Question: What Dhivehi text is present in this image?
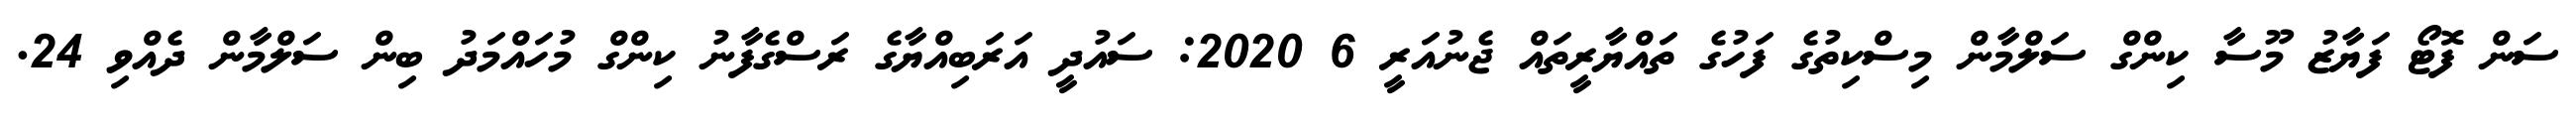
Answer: ސަން ފޮޓޯ ފަޔާޒު މޫސާ ކިންގް ސަލްމާން މިސްކިތުގެ ފަހުގެ ތައްޔާރީތައް ޖެނުއަރީ 6 2020: ސައުދީ އަރަބިއްޔާގެ ރަސްގެފާނު ކިންގް މުހައްމަދު ބިން ސަލްމާން ދެއްވި 24.